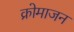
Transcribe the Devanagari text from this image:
क्रोमाजन